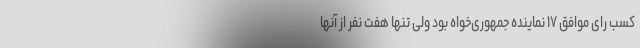
کسب رأی موافق ۱۷ نماینده جمهوری‌خواه بود ولی تنها هفت نفر از آنها